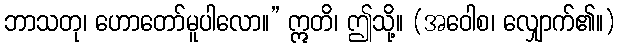
ဘာသတု၊ ဟောတော်မူပါလော။” ဣတိ၊ ဤသို့။ (အဝေါစ၊ လျှောက်၏။)